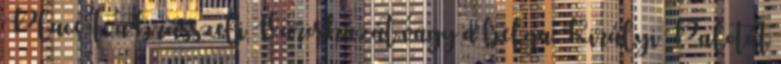
Place-t, a brüsszeli Városházát vagy a belga Királyi Palotát